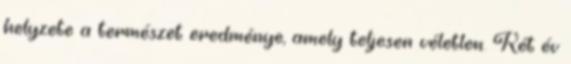
helyzete a természet eredménye, amely teljesen véletlen. Két év